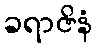
ခရာဇိနံ